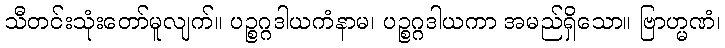
သီတင်းသုံးတော်မူလျက်။ ပဉ္စဂ္ဂဒါယကံနာမ၊ ပဉ္စဂ္ဂဒါယကာ အမည်ရှိသော။ ဗြာဟ္မဏံ၊